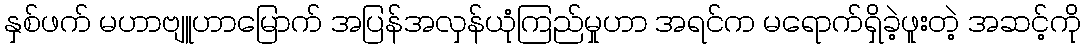
နှစ်ဖက် မဟာဗျူဟာမြောက် အပြန်အလှန်ယုံကြည်မှုဟာ အရင်က မရောက်ရှိခဲ့ဖူးတဲ့ အဆင့်ကို